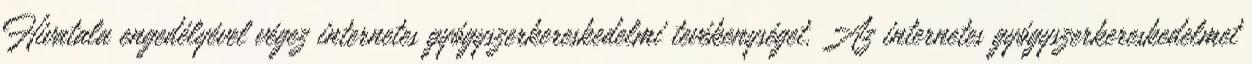
Hivatala engedélyével végez internetes gyógyszerkereskedelmi tevékenységet. Az internetes gyógyszerkereskedelmet